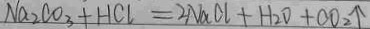
N a _ { 2 } C O _ { 3 } + H C l = 2 N a C l + H _ { 2 } O + C O _ { 2 } \uparrow